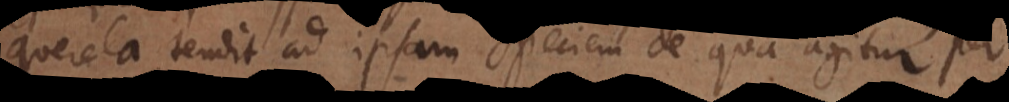
querela tendit ad ipsam speciem de qua agitur per